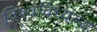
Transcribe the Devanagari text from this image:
विश्वविध्यल्य